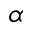
\alpha